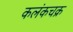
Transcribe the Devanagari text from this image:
कलंकचक्र